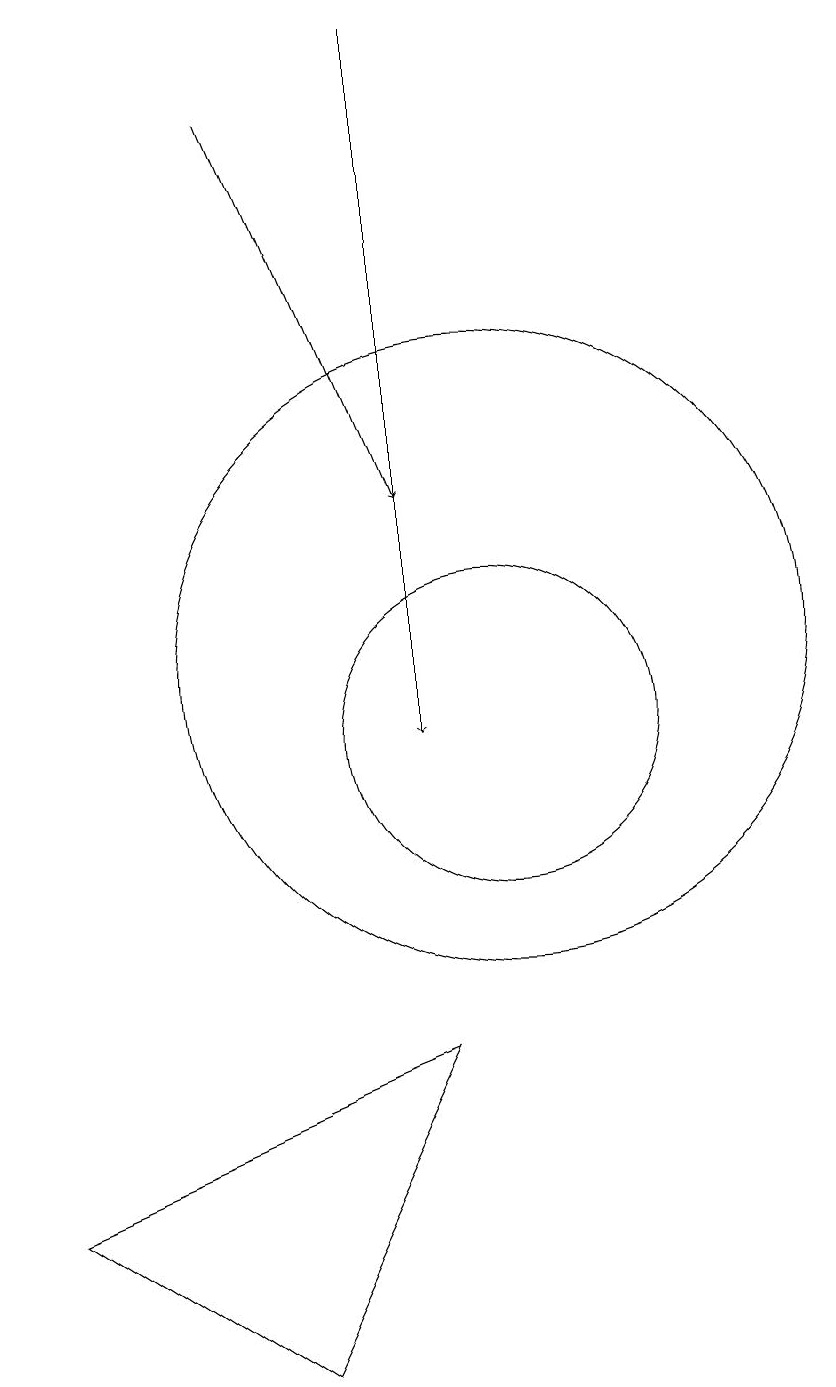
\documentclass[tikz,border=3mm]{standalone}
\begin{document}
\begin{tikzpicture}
\draw (10,11) circle (4);
\draw (9,6) -- (4,4) -- (7,2) -- cycle;
\draw[->] (9,19) -- (9,10);
\draw (10,10) circle (2);
\draw[->] (7,18) -- (9,13);
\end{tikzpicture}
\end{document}